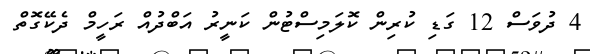
4 ދުވަސް 12 ގަޑި ކުރިން ކޮލަމިސްޓުން ކަނީރު އަބްދުއް ރަހީމް ދެކޭގޮތް